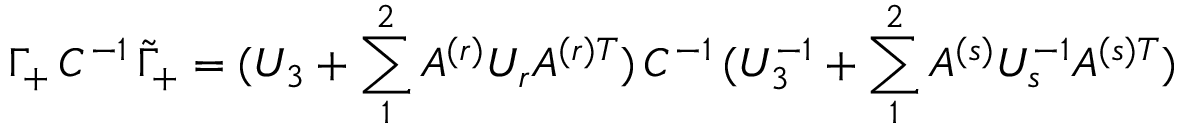
\Gamma _ { + } \, C ^ { - 1 } \, \tilde { \Gamma } _ { + } = ( U _ { 3 } + \sum _ { 1 } ^ { 2 } A ^ { ( r ) } U _ { r } A ^ { ( r ) T } ) \, C ^ { - 1 } \, ( U _ { 3 } ^ { - 1 } + \sum _ { 1 } ^ { 2 } A ^ { ( s ) } U _ { s } ^ { - 1 } A ^ { ( s ) T } )